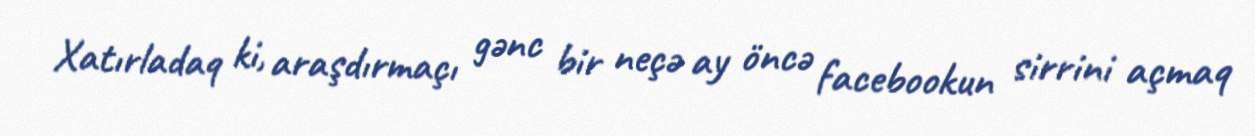
Xatırladaq ki, araşdırmaçı gənc bir neçə ay öncə facebookun sirrini açmaq